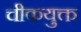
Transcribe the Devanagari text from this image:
चीकयुक्त